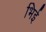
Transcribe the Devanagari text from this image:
भिई